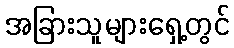
အခြားသူများရှေ့တွင်